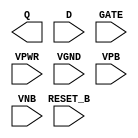
module sky130_fd_sc_hdll__dlrtp (
    Q      ,
    RESET_B,
    D      ,
    GATE   ,
    VPWR   ,
    VGND   ,
    VPB    ,
    VNB
);

    output Q      ;
    input  RESET_B;
    input  D      ;
    input  GATE   ;
    input  VPWR   ;
    input  VGND   ;
    input  VPB    ;
    input  VNB    ;
endmodule